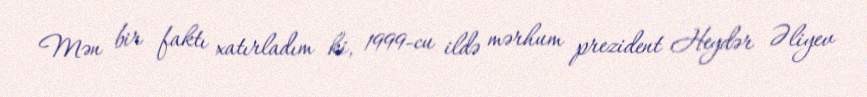
Mən bir faktı xatırladım ki, 1999-cu ildə mərhum prezident Heydər Əliyev